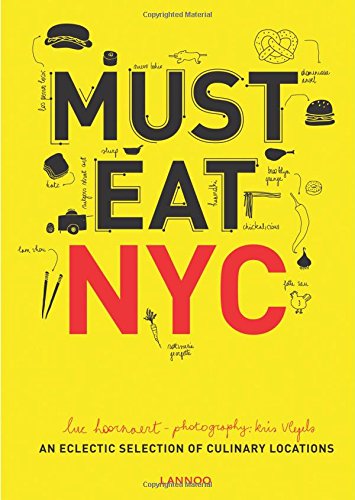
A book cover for Must Eat NYC; Luc Hoornaert; Travel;